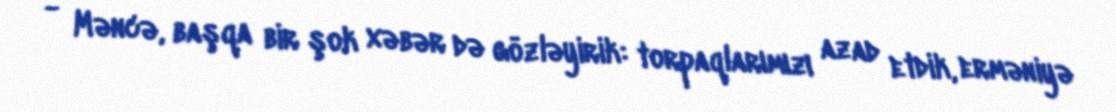
- Məncə, başqa bir şok xəbər də gözləyirik: torpaqlarımızı azad etdik, erməniyə